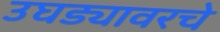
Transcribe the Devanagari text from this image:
उघड्यावरचे